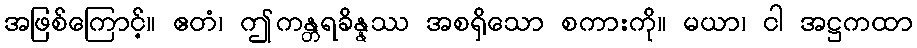
အဖြစ်ကြောင့်။ ဧတံ၊ ဤကန္တရခိန္နဿ အစရှိသော စကားကို။ မယာ၊ ငါ အဋ္ဌကထာ